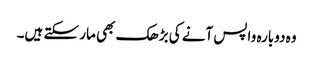
وہ دوبارہ واپس آنے کی بڑھک بھی مار سکتے ہیں۔